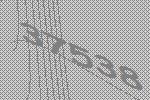
37538